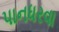
પાનધરવા